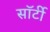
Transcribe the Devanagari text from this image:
साॅर्टी